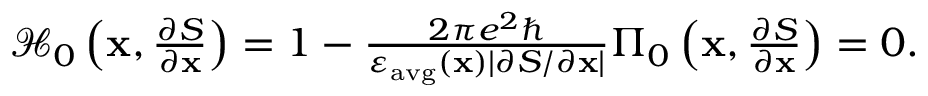
\begin{array} { r } { \mathcal { H } _ { 0 } \left( \mathbf { x } , \frac { \partial S } { \partial \mathbf { x } } \right) = 1 - \frac { 2 \pi e ^ { 2 } \hbar } { \varepsilon _ { \mathrm { a v g } } ( \mathbf { x } ) | { \partial S / \partial \mathbf { x } } | } \Pi _ { 0 } \left( \mathbf { x } , \frac { \partial S } { \partial \mathbf { x } } \right) = 0 . } \end{array}